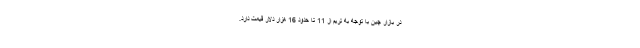
در بازار چین با توجه به تریم از 11 تا حدود 16 هزار دلار قیمت دارد.